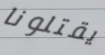
يقتلونا